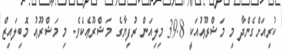
ކުރިއަށްގެންދާ މި މަޝްރޫޢުއަކީ 39.8 މިލިއަން ރުފިޔާގެ މަޝްރޫޢެކެވެ. މި މަޝްރޫޢު މޮބިލައިޒް